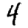
Digit: 4